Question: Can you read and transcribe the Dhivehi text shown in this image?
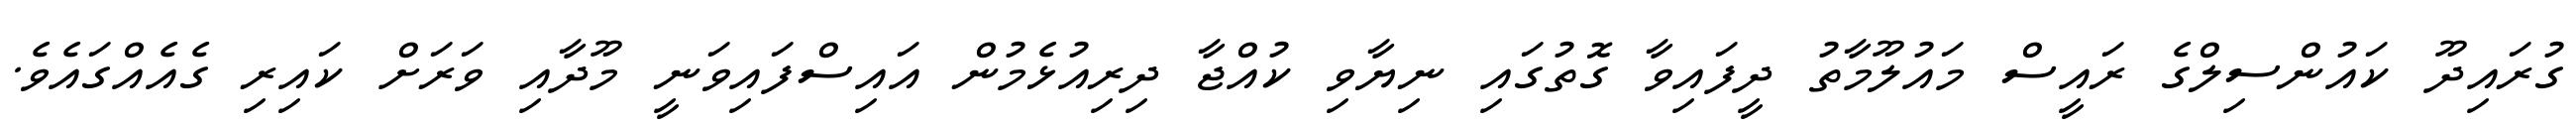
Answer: ގުރައިދޫ ކައުންސިލްގެ ރައީސް މައުލޫމާތު ދީފައިވާ ގޮތުގައި ނިޔާވި ކުއްޖާ ދިރިއުޅެމުން އައިސްފައިވަނީ މޫދާއި ވަރަށް ކައިރި ގެއެއްގައެވެ.